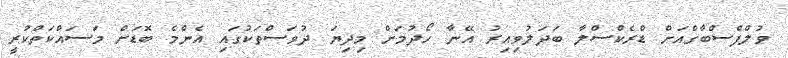
ވުލްފްސްބާގްއަށް ޑްރެކްސްލާ ބަދަލުވިއިރު އޭނާ ހޯދުމަށް މިދިޔަ ދުވަސްތަކުގައި އެންމެ ބޮޑަށް މަސައްކަތްކުރީ